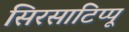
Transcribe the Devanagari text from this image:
सिरसाटिप्पू